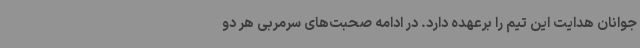
جوانان هدایت این تیم را برعهده دارد. در ادامه صحبت‌های سرمربی هر دو